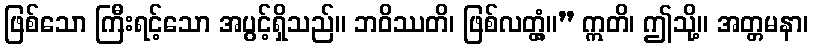
ဖြစ်သော ကြီးရင့်သော အပွင့်ရှိသည်။ ဘဝိဿတိ၊ ဖြစ်လတ္တံ့။” ဣတိ၊ ဤသို့။ အတ္တမနာ၊